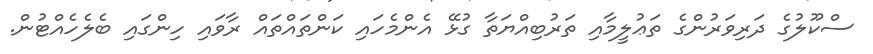
ސްކޫލުގެ ދަރިވަރުންގެ ތަޢުލީމާއި ތަރުބިއްޔަތާ ގުޅޭ އެންމެހައި ކަންތައްތައް ރާވައި ހިންގައި ބެލެހެއްޓުން.